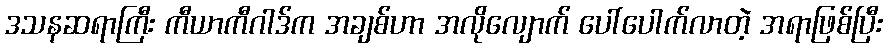
ဒသနဆရာကြီး ကီယာကီဂါဒ်က အချစ်ဟာ အလိုလျောက် ပေါ်ပေါက်လာတဲ့ အရာဖြစ်ပြီး